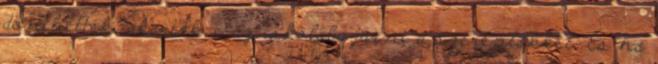
dönthettek, akartok-e az iskolába járni a szereplőkkel. És ha